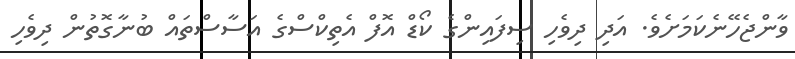
ވާންޖެހޭނެކަމަށެވެ. އަދި ދިވެހި ސިފައިންގެ ކޯޑް އޮފް އެތިކްސްގެ އަސާސްތައް ބުނާގޮތުން ދިވެހި